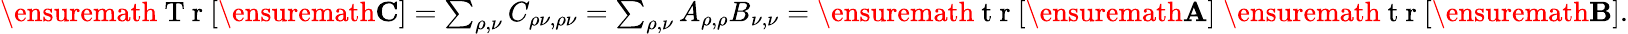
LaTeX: \begin{array}{r}{\ensuremath{\mathrm{~T~r~}}[\ensuremath{\mathbf{C}}]=\sum_{\rho,\nu}C_{\rho\nu,\rho\nu}=\sum_{\rho,\nu}A_{\rho,\rho}B_{\nu,\nu}=\ensuremath{\mathrm{~t~r~}}[\ensuremath{\mathbf{A}}]\; \ensuremath{\mathrm{~t~r~}}[\ensuremath{\mathbf{B}}].}\end{array}